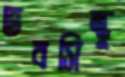
ভবসিন্ধু